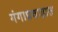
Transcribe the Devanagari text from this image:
गंगाप्रवाहात